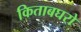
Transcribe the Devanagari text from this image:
किताबघरो